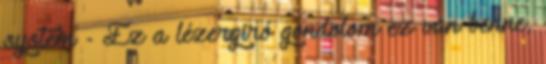
system - Ez a lézergiró gondolom ez van benne,